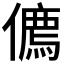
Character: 𠏰